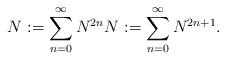
LaTeX: \begin{align*}N^{}:=\sum_{n=0}^{\infty}N^{2n}N^{}:=\sum_{n=0}^{\infty}N^{2n+1}.\end{align*}